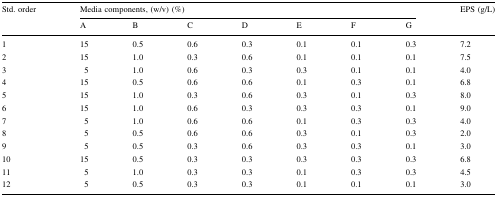
<table><thead><tr><td rowspan="2"><b>Std. order</b></td><td colspan="7"><b>Media components, (w/v) (%)</b></td><td rowspan="2"><b>EPS (g/L)</b></td></tr><tr><td><b>A</b></td><td><b>B</b></td><td><b>C</b></td><td><b>D</b></td><td><b>E</b></td><td><b>F</b></td><td><b>G</b></td></tr></thead><tbody><tr><td>1</td><td>15</td><td>0.5</td><td>0.6</td><td>0.3</td><td>0.1</td><td>0.1</td><td>0.3</td><td>7.2</td></tr><tr><td>2</td><td>15</td><td>1.0</td><td>0.3</td><td>0.6</td><td>0.1</td><td>0.1</td><td>0.1</td><td>7.5</td></tr><tr><td>3</td><td>5</td><td>1.0</td><td>0.6</td><td>0.3</td><td>0.3</td><td>0.1</td><td>0.1</td><td>4.0</td></tr><tr><td>4</td><td>15</td><td>0.5</td><td>0.6</td><td>0.6</td><td>0.1</td><td>0.3</td><td>0.1</td><td>6.8</td></tr><tr><td>5</td><td>15</td><td>1.0</td><td>0.3</td><td>0.6</td><td>0.3</td><td>0.1</td><td>0.3</td><td>8.0</td></tr><tr><td>6</td><td>15</td><td>1.0</td><td>0.6</td><td>0.3</td><td>0.3</td><td>0.3</td><td>0.1</td><td>9.0</td></tr><tr><td>7</td><td>5</td><td>1.0</td><td>0.6</td><td>0.6</td><td>0.1</td><td>0.3</td><td>0.3</td><td>4.0</td></tr><tr><td>8</td><td>5</td><td>0.5</td><td>0.6</td><td>0.6</td><td>0.3</td><td>0.1</td><td>0.3</td><td>2.0</td></tr><tr><td>9</td><td>5</td><td>0.5</td><td>0.3</td><td>0.6</td><td>0.3</td><td>0.3</td><td>0.1</td><td>3.0</td></tr><tr><td>10</td><td>15</td><td>0.5</td><td>0.3</td><td>0.3</td><td>0.3</td><td>0.3</td><td>0.3</td><td>6.8</td></tr><tr><td>11</td><td>5</td><td>1.0</td><td>0.3</td><td>0.3</td><td>0.1</td><td>0.3</td><td>0.3</td><td>4.5</td></tr><tr><td>12</td><td>5</td><td>0.5</td><td>0.3</td><td>0.3</td><td>0.1</td><td>0.1</td><td>0.1</td><td>3.0</td></tr></tbody></table>